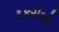
ટકરીઓ